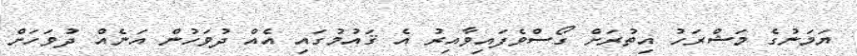
ޔަމަނުގެ މަޝްރަހު އިތުރަށް ގޯސްވެފައިވާއިރު އެ ޤައުމުގައި އެއް ދުވަހުން އަނެއް ދުވަހަށް